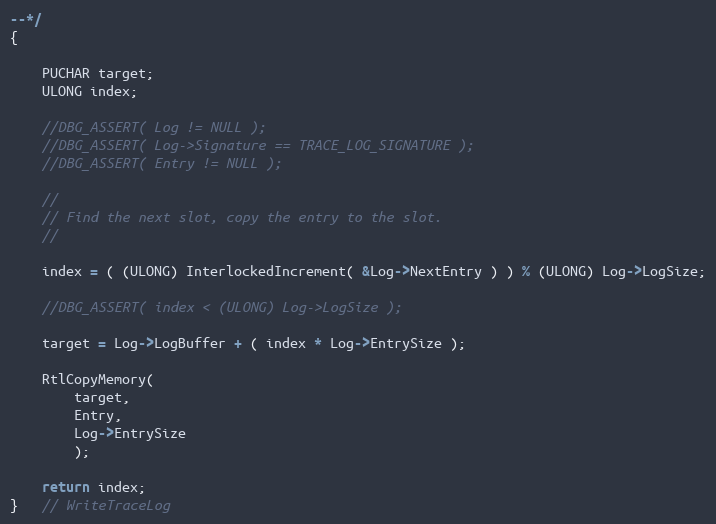
Language: C
--*/
{

    PUCHAR target;
    ULONG index;

    //DBG_ASSERT( Log != NULL );
    //DBG_ASSERT( Log->Signature == TRACE_LOG_SIGNATURE );
    //DBG_ASSERT( Entry != NULL );

    //
    // Find the next slot, copy the entry to the slot.
    //

    index = ( (ULONG) InterlockedIncrement( &Log->NextEntry ) ) % (ULONG) Log->LogSize;

    //DBG_ASSERT( index < (ULONG) Log->LogSize );

    target = Log->LogBuffer + ( index * Log->EntrySize );

    RtlCopyMemory(
        target,
        Entry,
        Log->EntrySize
        );

    return index;
}   // WriteTraceLog